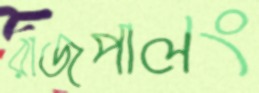
রাজপালং